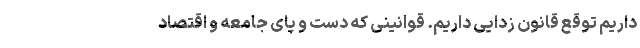
داریم توقع قانون زدایی داریم. قوانینی که دست و پای جامعه و اقتصاد